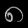
Digit: ၈